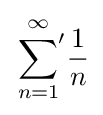
{\sideset {}{'}\sum _{n=1}^{\infty }}{\frac {1}{n}}